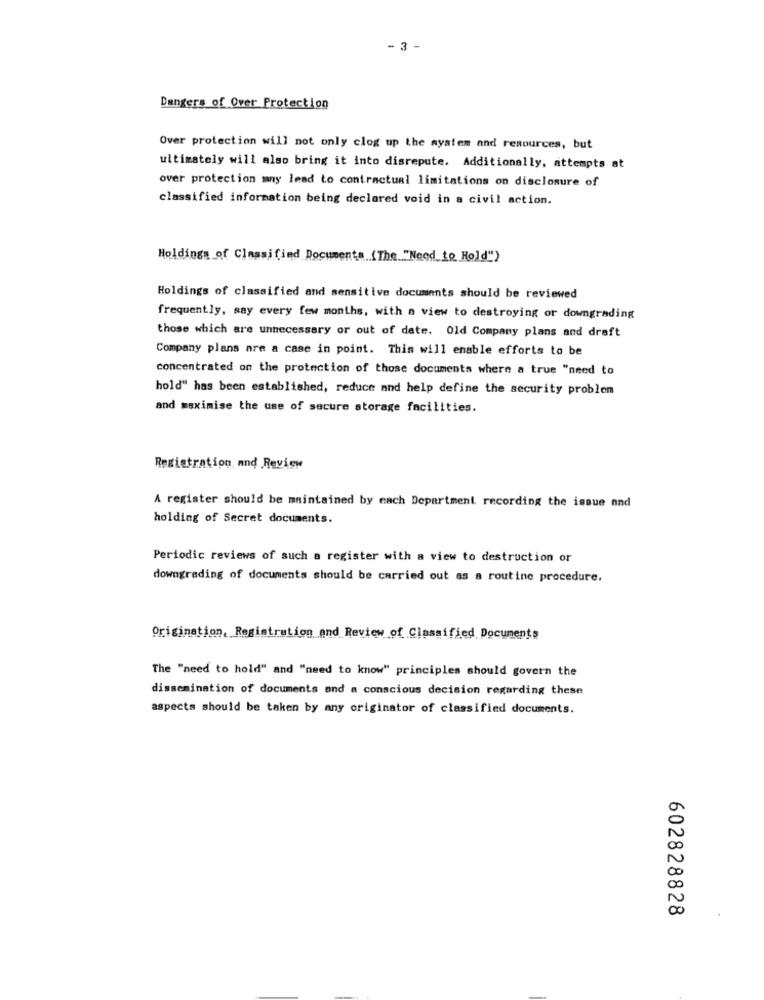
- 3 -
Dangers of Over Protection
Over protection will not only clog up the system and resources, but
ultimately will also bring it into disrepute. Additionally, attempts at
over protection mny lead to contractual limitations on disclosure of
classified information being declared void in a civil action.
Holdings of Classified Documents (The "Need to Hold")
Holdings of classified and sensitive documents should be reviewed
frequently, say every few months, with a view to destroying or downgrading
those which are unnecessary or out of date. Old Company plans and draft
Company plans are a case in point. This will enable efforts to be
concentrated on the protection of those documents where a true "need to
hold" has been established, reduce and help define the security problem
and maximise the use of secure storage facilities.
Registration and Review
A register should be maintained by each Department recording the issue and
holding of Secret documents.
Periodic reviews of such a register with a view to destruction or
downgrading of documents should be carried out as a routine procedure.
Origination, Registration and Review of Classified Documents
The "need to hold" and "need to know" principles should govern the
dissemination of documents and a conscious decision regarding these
aspects should be taken by any originator of classified documents.
20
00
602828828